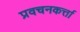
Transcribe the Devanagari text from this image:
प्रवचनकर्त्ता